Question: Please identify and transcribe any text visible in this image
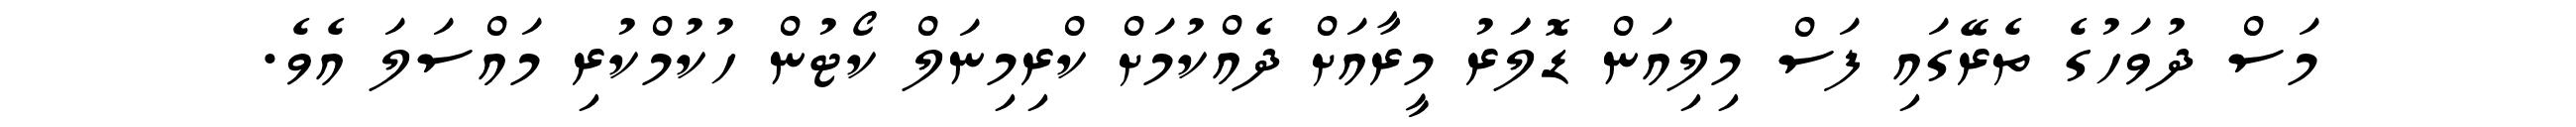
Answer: މަސް ދުވަހުގެ ތެރޭގައި ފަސް މިލިއަން ޑޮލަަރު މީރާއަށް ދެއްކުމަށް ކްރިމިނަލް ކޯޓުން ހުކުމްކުރި މައްސަލަ އެވެ.